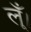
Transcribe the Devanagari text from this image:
लूँ।